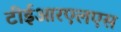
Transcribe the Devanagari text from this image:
टीईआरएलएस